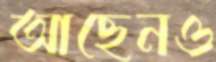
আছেনও